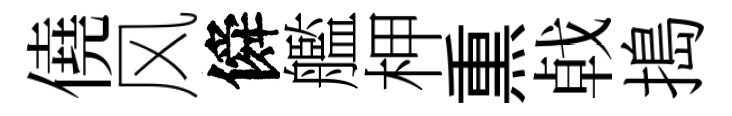
僥风僢艦柙𤋱㦸搗